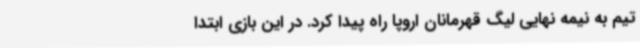
تیم به نیمه نهایی لیگ قهرمانان اروپا راه پیدا کرد. در این بازی ابتدا